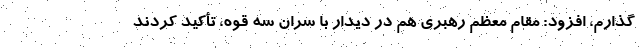
‌گذارم، افزود: مقام معظم رهبری هم در دیدار با سران سه قوه، تأکید کردند